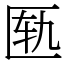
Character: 匦